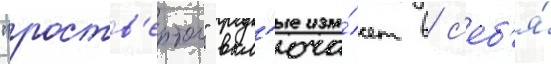
"роств'ертол" вкл'юча́ет в с'еб'я́